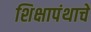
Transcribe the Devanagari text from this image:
शिक्षापंथाचें